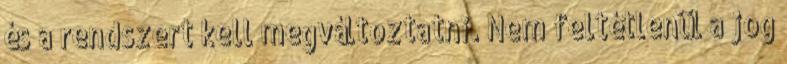
és a rendszert kell megváltoztatni. Nem feltétlenül a jog